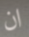
ان